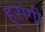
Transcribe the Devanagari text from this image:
हुसंगी